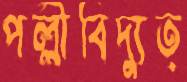
পল্লীবিদ্যুত্